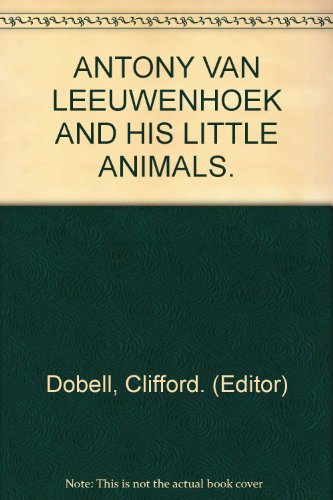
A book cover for Antony van Leeuwenhoek and his "Little Animals" : Being Some Account of the Father of Protozoology & Bacteriology and His Multifarious Discoveries in These Disciplines; F.R.S. Clifford Dobell; Medical Books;